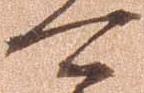
可